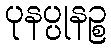
ပုနပ္ပုနဉ္စ